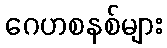
ဂေဟစနစ်များ